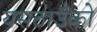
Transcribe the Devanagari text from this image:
यसठाउँको